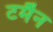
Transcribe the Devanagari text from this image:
टर्मैन